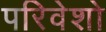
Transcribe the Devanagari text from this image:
परिवेशो